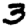
Digit: 3